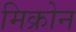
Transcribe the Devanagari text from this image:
मिक्रोन